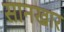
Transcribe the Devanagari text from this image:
सानखार